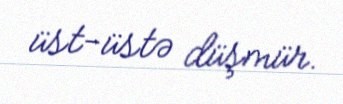
üst-üstə düşmür.